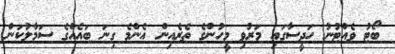
ބޯޓު ވެއްޓުނު ހަދީސާގައި މަރުވި މީހުންގެ ތެރެއިން އެންމެ ގިނަ ބައެއްގެ ސަމާލުކަން